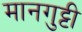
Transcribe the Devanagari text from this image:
मानगुट्टी